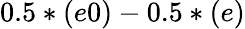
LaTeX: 0.5*(e0)-0.5*(e)